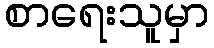
စာရေးသူမှာ